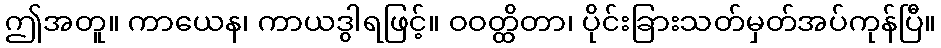
ဤအတူ။ ကာယေန၊ ကာယဒွါရဖြင့်။ ဝဝတ္ထိတာ၊ ပိုင်းခြားသတ်မှတ်အပ်ကုန်ပြီ။